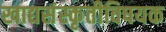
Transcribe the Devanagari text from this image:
खाद्यसंस्कृतीविषयक